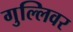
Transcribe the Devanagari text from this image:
गुल्लिवर